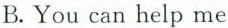
B.You can help me